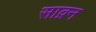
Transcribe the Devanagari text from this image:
साव्रन